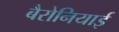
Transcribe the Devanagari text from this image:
बैरोनियाई